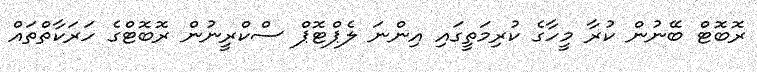
ރޮބޮޓް ބޭނުން ކުރާ މީހާގެ ކުރިމަތީގައި އިންނަ ލެޕްޓޮޕް ސްކްރީނުން ރޮބޮޓްގެ ހަރަކާތްތައް